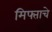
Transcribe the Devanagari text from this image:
मिफ्ताचे